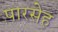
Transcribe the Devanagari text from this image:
पारसेह